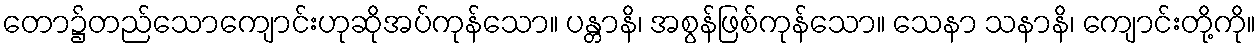
တော၌တည်သောကျောင်းဟုဆိုအပ်ကုန်သော။ ပန္တာနိ၊ အစွန်ဖြစ်ကုန်သော။ သေနာ သနာနိ၊ ကျောင်းတို့ကို။